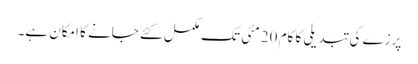
پرزے کی تبدیلی کا کام 20 مئی تک مکمل کئے جانے کا امکان ہے۔